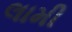
લામી